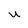
Character: U